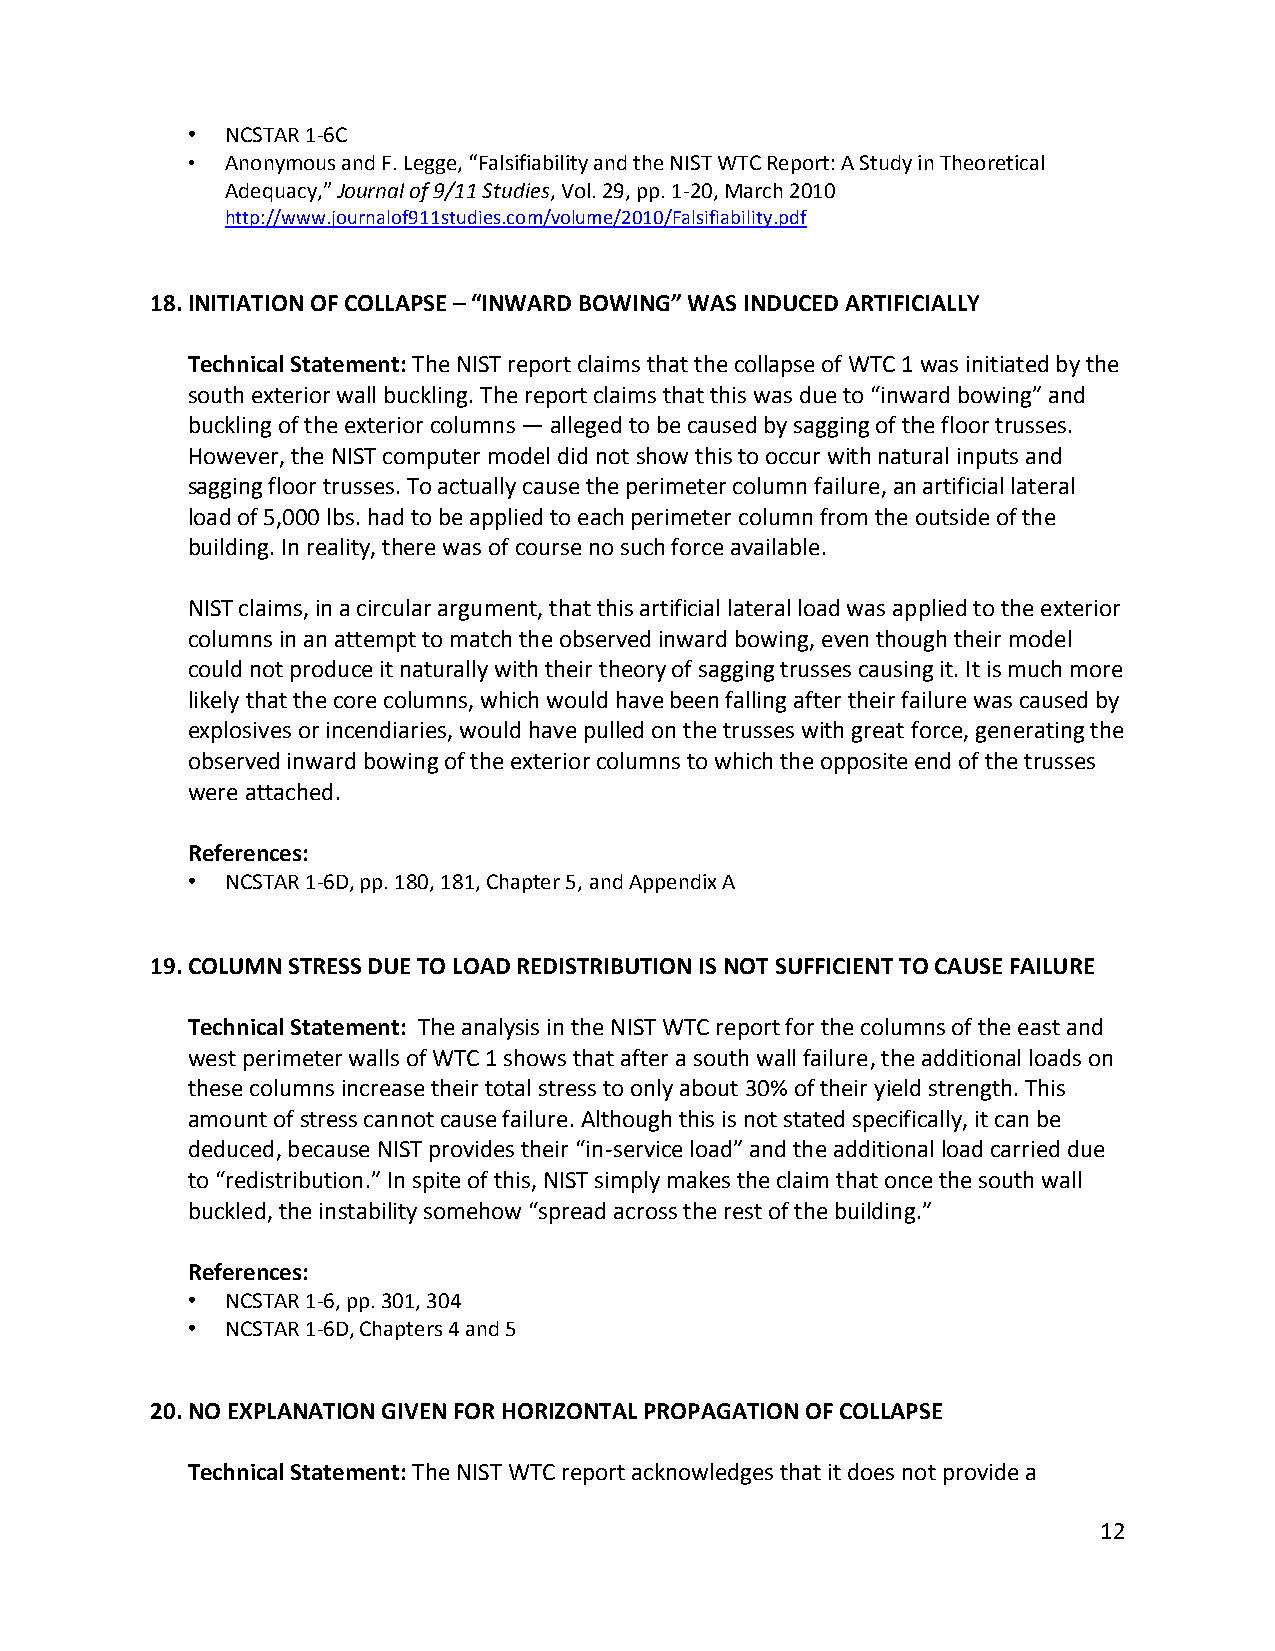
•  NCSTAR 1-6C
 •  Anonymous and F. Legge, “Falsifiability and the NIST WTC Report: A Study in Theoretical
 Adequacy,” Journal of 9/11 Studies, Vol. 29, pp. 1-20, March 2010
 http://www.journalof911studies.com/volume/2010/Falsifiability.pdf
 18. INITIATION OF COLLAPSE – “INWARD BOWING” WAS INDUCED ARTIFICIALLY
 Technical Statement: The NIST report claims that the collapse of WTC 1 was initiated by the
 south exterior wall buckling. The report claims that this was due to “inward bowing” and
 buckling of the exterior columns — alleged to be caused by sagging of the floor trusses.
 However, the NIST computer model did not show this to occur with natural inputs and
 sagging floor trusses. To actually cause the perimeter column failure, an artificial lateral
 load of 5,000 lbs. had to be applied to each perimeter column from the outside of the
 building. In reality, there was of course no such force available.
 NIST claims, in a circular argument, that this artificial lateral load was applied to the exterior
 columns in an attempt to match the observed inward bowing, even though their model
 could not produce it naturally with their theory of sagging trusses causing it. It is much more
 likely that the core columns, which would have been falling after their failure was caused by
 explosives or incendiaries, would have pulled on the trusses with great force, generating the
 observed inward bowing of the exterior columns to which the opposite end of the trusses
 were attached.
 References:
 •  NCSTAR 1-6D, pp. 180, 181, Chapter 5, and Appendix A
 19. COLUMN STRESS DUE TO LOAD REDISTRIBUTION IS NOT SUFFICIENT TO CAUSE FAILURE
 Technical Statement: The analysis in the NIST WTC report for the columns of the east and
 west perimeter walls of WTC 1 shows that after a south wall failure, the additional loads on
 these columns increase their total stress to only about 30% of their yield strength. This
 amount of stress cannot cause failure. Although this is not stated specifically, it can be
 deduced, because NIST provides their “in-service load” and the additional load carried due
 to “redistribution.” In spite of this, NIST simply makes the claim that once the south wall
 buckled, the instability somehow “spread across the rest of the building.”
 References:
 •  NCSTAR 1-6, pp. 301, 304
 •  NCSTAR 1-6D, Chapters 4 and 5
 20. NO EXPLANATION GIVEN FOR HORIZONTAL PROPAGATION OF COLLAPSE
 Technical Statement: The NIST WTC report acknowledges that it does not provide a
 12